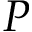
P